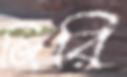
জিরি